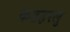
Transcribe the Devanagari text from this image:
कडहरलु